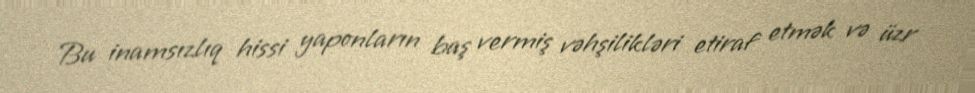
Bu inamsızlıq hissi yaponların baş vermiş vəhşilikləri etiraf etmək və üzr